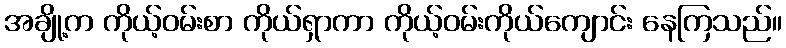
အချို့က ကိုယ့်ဝမ်းစာ ကိုယ်ရှာကာ ကိုယ့်ဝမ်းကိုယ်ကျောင်း နေကြသည်။